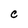
Character: C